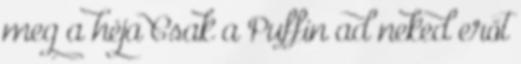
meg a héja Csak a Puffin ad neked erőt